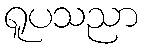
ရူပသညာ